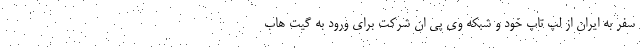
سفر به ایران از لپ تاپ خود و شبکه وی پی ان شرکت برای ورود به گیت هاب